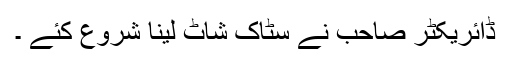
ڈائریکٹر صاحب نے سٹاک شاٹ لینا شروع کئے ۔